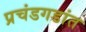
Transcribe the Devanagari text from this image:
प्रचंडगडांत